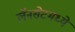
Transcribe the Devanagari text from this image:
लॅनसेटमध्ये